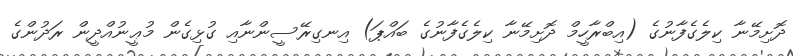
ދޮށިމޭނާ ކިލެގެފާނުގެ (އިބްރާހީމް ދޮށިމޭނާ ކިލެގެފާނުގެ ބައްޕަ) އިނގިރޭސީންނާއި ގުޅިގެން މުޢީނުއްދީން ރަދުންގެ